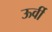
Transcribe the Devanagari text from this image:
ऊर्वी